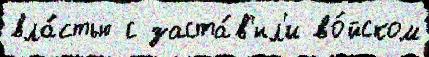
вла́стью с заста́в'ил'и во́йском